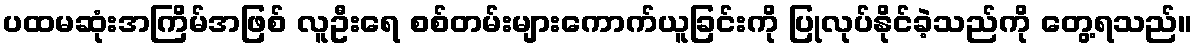
ပထမဆုံးအကြိမ်အဖြစ် လူဦးရေ စစ်တမ်းများကောက်ယူခြင်းကို ပြုလုပ်နိုင်ခဲ့သည်ကို တွေ့ရသည်။